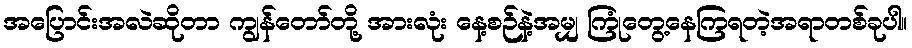
အပြောင်းအလဲဆိုတာ ကျွန်တော်တို့ အားလုံး နေ့စဉ်နဲ့အမျှ ကြုံတွေ့နေကြရတဲ့အရာတစ်ခုပါ။